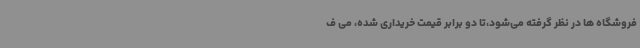
فروشگاه ها در نظر گرفته می‌شود،تا دو برابر قیمت خریداری شده، می ف